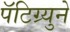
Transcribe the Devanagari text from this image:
पॅटिग्र्युने